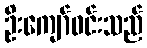
ဦးကျော်ဝင်းသည်